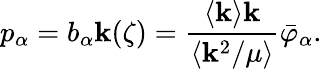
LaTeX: p_{\alpha}=b_{\alpha}\mathbf{k}(\zeta)=\frac{{\langle\mathbf{k}\rangle\mathbf{k}}}{{\langle\mathbf{k}^{2}/\mu\rangle}}\bar{{\varphi}}_{\alpha}.